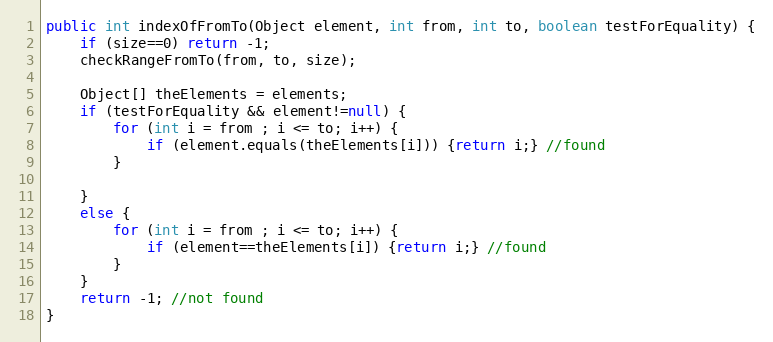
Language: Java
public int indexOfFromTo(Object element, int from, int to, boolean testForEquality) {
	if (size==0) return -1;
	checkRangeFromTo(from, to, size);

	Object[] theElements = elements;
	if (testForEquality && element!=null) {
		for (int i = from ; i <= to; i++) {
		    if (element.equals(theElements[i])) {return i;} //found
		}

	}
	else {
		for (int i = from ; i <= to; i++) {
		    if (element==theElements[i]) {return i;} //found
		}
	}
	return -1; //not found
}